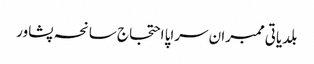
بلدیاتی ممبران سراپا احتجاج سانحہ پشاور